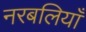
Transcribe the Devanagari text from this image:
नरबलियाँ